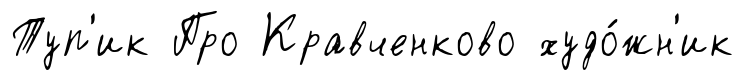
Туп'ик Про Кравченково худо́жн'ик